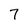
Character: 7